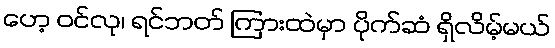
ဟေ့ ဝင်လု၊ ရင်ဘတ် ကြားထဲမှာ ပိုက်ဆံ ရှိလိမ့်မယ်